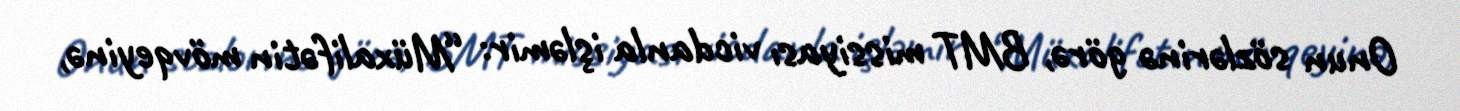
Onun sözlərinə görə, BMT missiyası vicdanla işləmir: “Müxalifətin mövqeyinə,